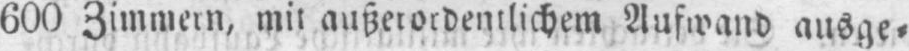
600 Zimmern, mit außerordentlichem Aufwand ausge⸗